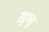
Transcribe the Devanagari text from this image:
ख़ुश्बू